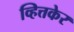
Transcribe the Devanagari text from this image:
व्हित्तकेर